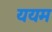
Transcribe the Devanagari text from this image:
ययम